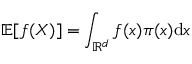
\mathbb { E } [ f ( X ) ] = \int _ { \mathbb { R } ^ { d } } f ( x ) \pi ( x ) \mathrm { d } x